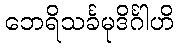
ဘေရိသင်္ခမုဒိင်္ဂါဟိ